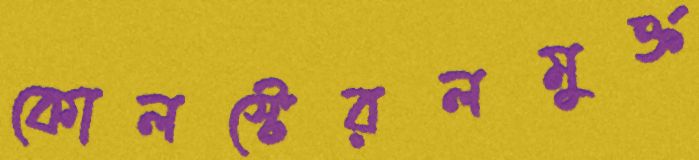
কোলস্টেরলমুক্ত